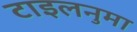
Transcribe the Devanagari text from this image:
टाइलनुमा